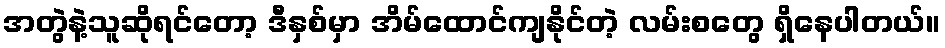
အတွဲနဲ့သူဆိုရင်တော့ ဒီနှစ်မှာ အိမ်ထောင်ကျနိုင်တဲ့ လမ်းစတွေ ရှိနေပါတယ်။